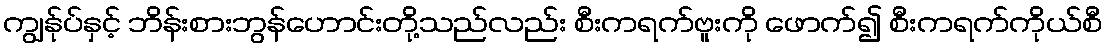
ကျွန်ုပ်နှင့် ဘိန်းစားဘွန်ဟောင်းတို့သည်လည်း စီးကရက်ဗူးကို ဖောက်၍ စီးကရက်ကိုယ်စီ